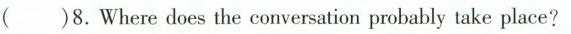
()8.Where does the conversation probably take place?